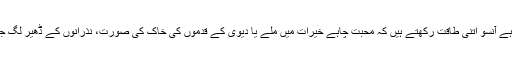
جو بھی ہے آنسو اتنی طاقت رکھتے ہیں کہ محبت چاہے خیرات میں ملے یا دیوی کے قدموں کی خاک کی صورت، نذرانوں کے ڈھیر لگ جاتے ہیں۔